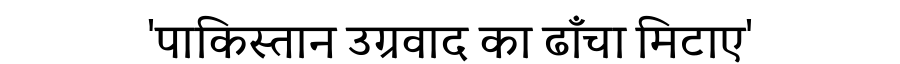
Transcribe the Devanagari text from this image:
'पाकिस्तान उग्रवाद का ढाँचा मिटाए'